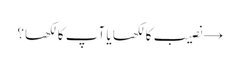
→ نصیب کا لکھا یا آپ کا لکھا؟